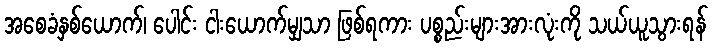
အစေခံနှစ်ယောက်၊ ပေါင်း ငါးယောက်မျှသာ ဖြစ်ရကား ပစ္စည်းများအားလုံးကို သယ်ယူသွားရန်